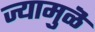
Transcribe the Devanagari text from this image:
ज्यामुळॆ